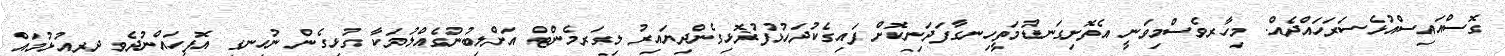
ގޮސްއައިސްއުޅެސަރަހައްދެއް. މިހާރވެސްމިވަނީ އެތޮށިގަނޑުމަތީހިނގާފަދަނިކޮށް ފައިގެކުދަހުޅުފުޜޮޅިގެންދިޔައިރު ލިގަރމެންޓް އަށްލިބުނުގެއްލުމަކާ ގުޅިގެން ނުހިނގި އޮފީހައްނުދެވި ދިރިއުޅުމައް